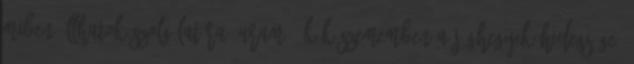
miben állhatok szolgálatára, uram?- kék szememben a jéghegyek hidegsége.